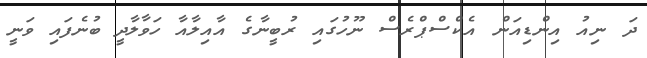
ދަ ނިއު އިންޑިއަން އެކްސްޕްރެސް ނޫހުގައި ރުބީނާގެ އާއިލާއާ ހަވާލާދީ ބުނެފައި ވަނީ